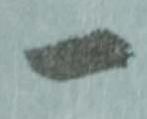
一